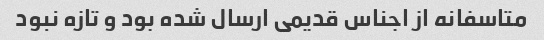
متاسفانه از اجناس قدیمی ارسال شده بود و تازه نبود